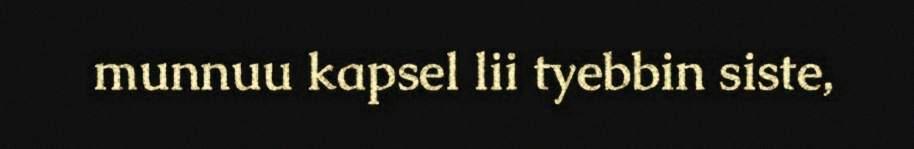
munnuu kapsel lii tyebbin siste,